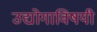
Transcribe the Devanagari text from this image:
उद्योगाविषयी